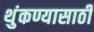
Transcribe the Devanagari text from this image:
थुंकण्यासाठी